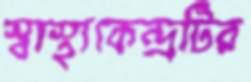
স্বাস্থ্যকেন্দ্রটির